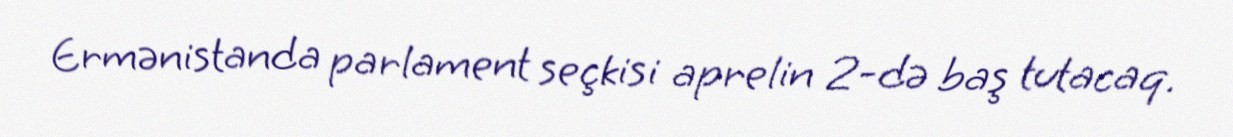
Ermənistanda parlament seçkisi aprelin 2-də baş tutacaq.